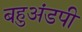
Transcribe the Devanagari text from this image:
बहुअंडपी